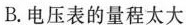
B.电压表的量程太大